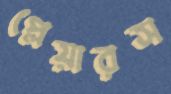
প্লেয়ারস